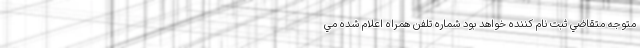
متوجه متقاضي ثبت نام كننده خواهد بود شماره تلفن همراه اعلام شده مي